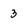
Character: 3